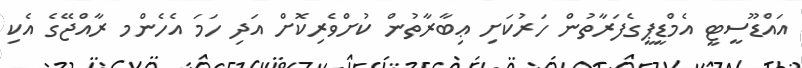
އައްޑޫސީޓީ އެމްޑީޕީގެފަރާތުން ހަރުކަށި ޢިބާރާތުން ކުށްވެރިކޮށް އަދި ހަމަ އެހެންމ ރާއްޖޭގެ އެކި